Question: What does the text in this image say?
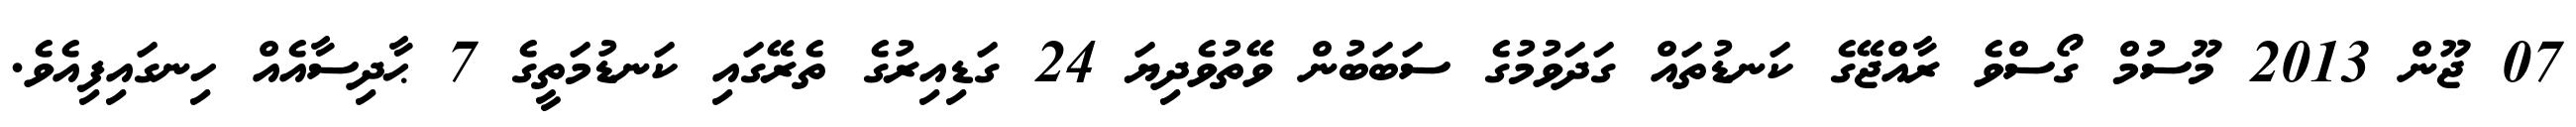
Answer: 07 ޖޫން 2013 މޫސުމް ގޯސްވެ ރާއްޖޭގެ ކަނޑުތައް ގަދަވުމުގެ ސަބަބުން ވޭތުވެދިޔަ 24 ގަޑިއިރުގެ ތެރޭގައި ކަނޑުމަތީގެ 7 ޙާދިސާއެއް ހިނގައިފިއެވެ.